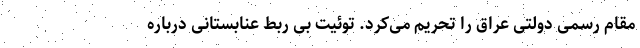
مقام رسمی دولتی عراق را تحریم می‌کرد. توئیت بی ربط عنابستانی درباره